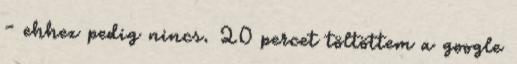
- ehhez pedig nincs. 20 percet töltöttem a google